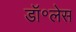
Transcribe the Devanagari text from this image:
डॉ॰लेस